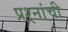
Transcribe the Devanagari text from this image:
प्रश्र्नांची